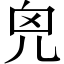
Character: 𠒆